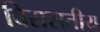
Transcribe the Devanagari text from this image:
विरासतीय